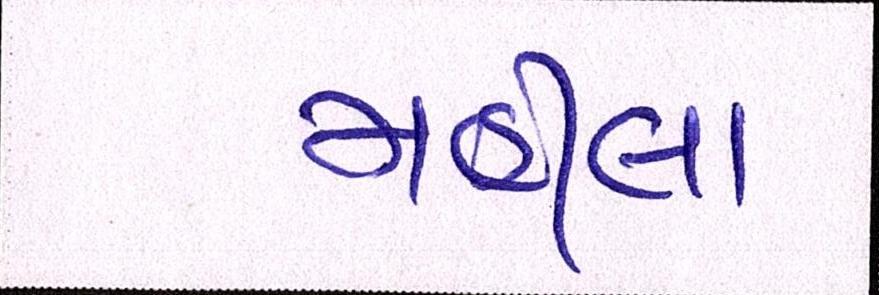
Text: મહીલા